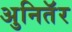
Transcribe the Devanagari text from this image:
अुनितॅर